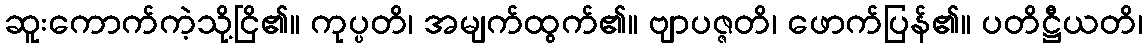
ဆူးကောက်ကဲ့သို့ငြိ၏။ ကုပ္ပတိ၊ အမျက်ထွက်၏။ ဗျာပဇ္ဇတိ၊ ဖောက်ပြန်၏။ ပတိဋ္ဌီယတိ၊